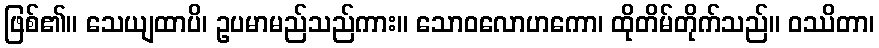
ဖြစ်၏။ သေယျထာပိ၊ ဥပမာမည်သည်ကား။ သောဝလောဟကော၊ ထိုတိမ်တိုက်သည်။ ဝဿိတာ၊